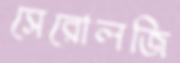
সেরোলজি